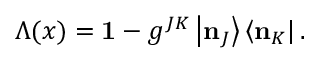
\Lambda ( x ) = \mathbf { 1 } - g ^ { J K } \left| \mathbf { n } _ { J } \right\rangle \left\langle \mathbf { n } _ { K } \right| .